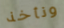
ونأخذ